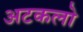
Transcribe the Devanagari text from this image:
अटकलो